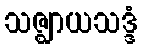
သဇ္ဈာယသဒ္ဒံ